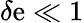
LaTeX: \delta\mathrm{e}\ll1